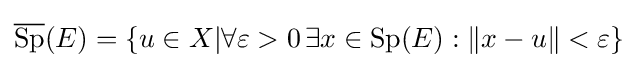
{\overline {\operatorname {Sp} }}(E)=\{u\in X|\forall \varepsilon >0\,\exists x\in \operatorname {Sp} (E):\|x-u\|<\varepsilon \}